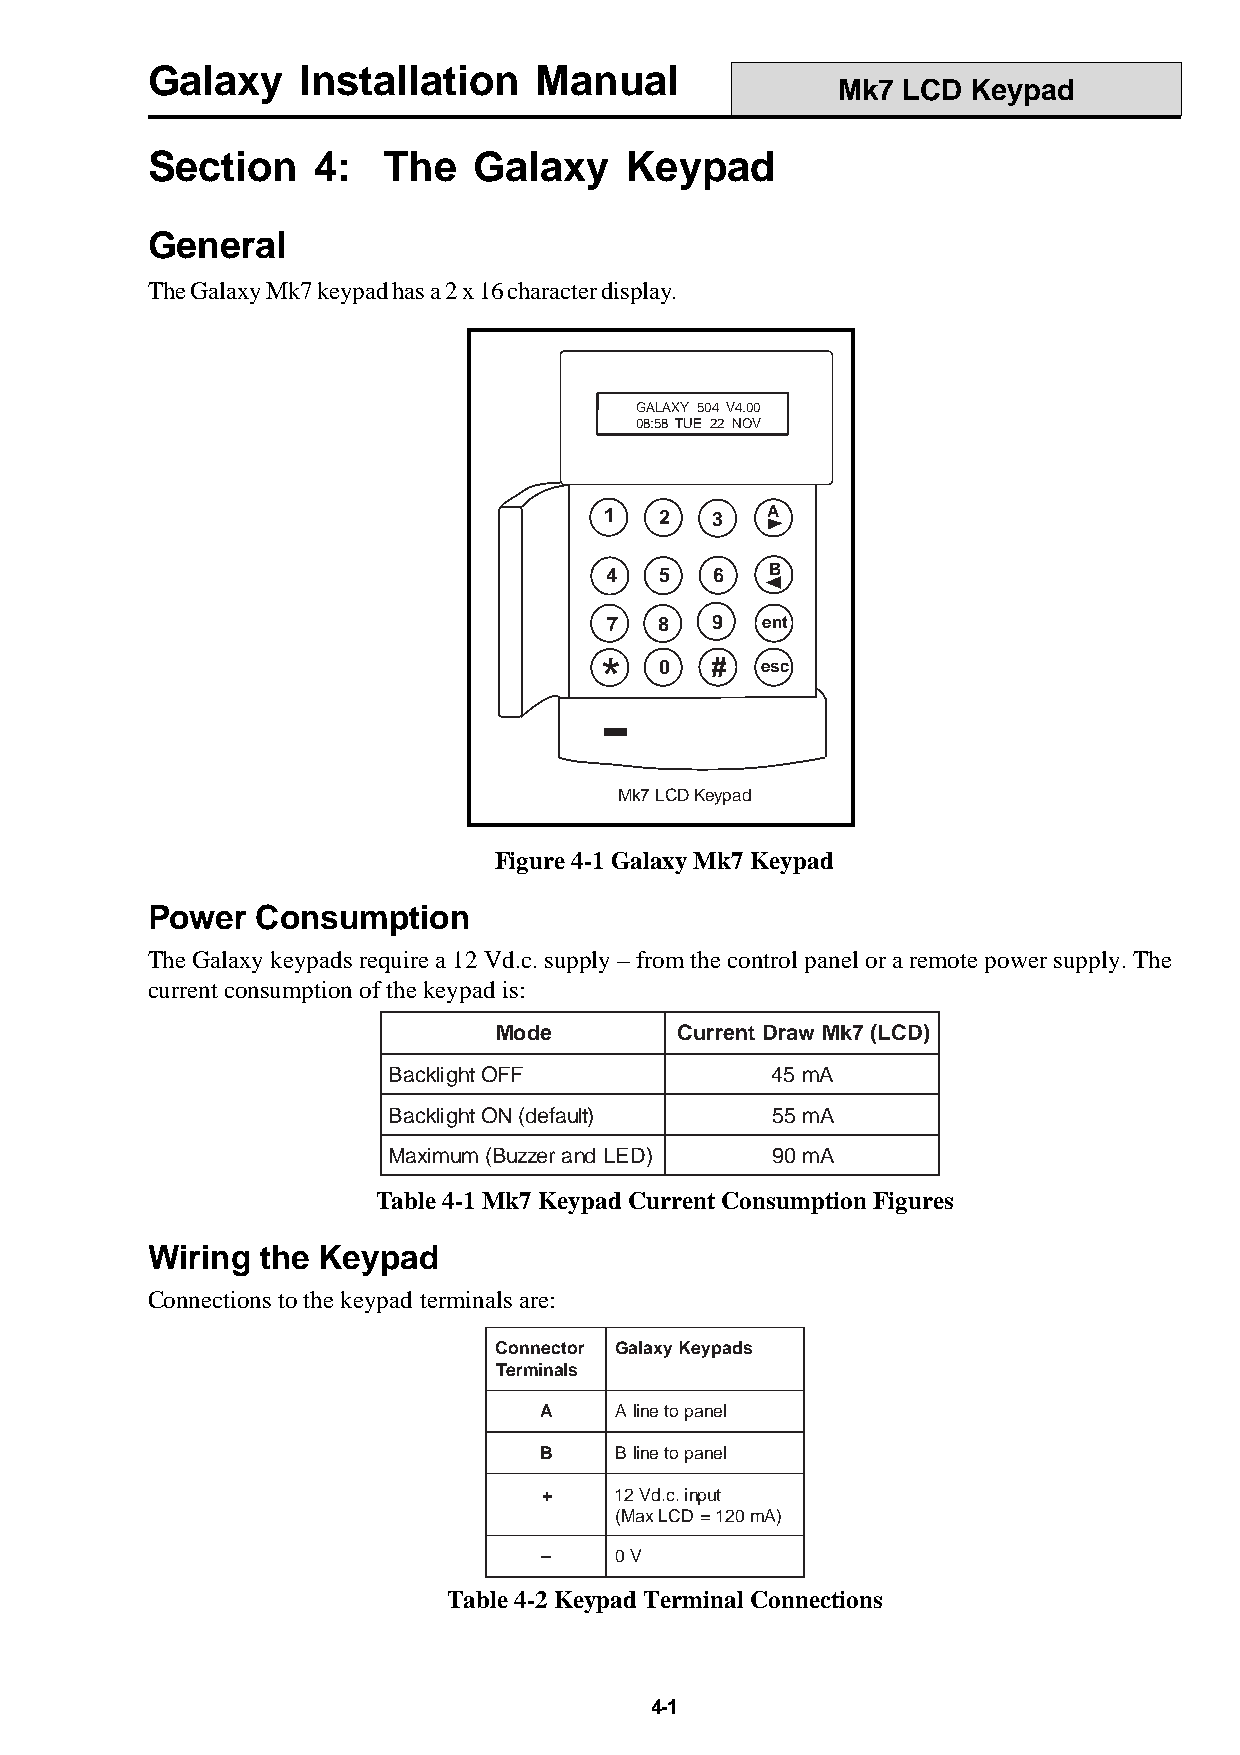
Galaxy    Installation   Manual
 Mk7  LCD Keypad
 Section    4:  The   Galaxy    Keypad
 General
 The Galaxy Mk7 keypad has a 2 x 16 character display.
 GALAXY 504 V4.00
 08:58 TUE 22 NOV
 1   2  3   A
 4   5  6   B
 7   8  9  ent
 *   0  #  esc
 Mk7 LCD Keypad
 Figure 4-1 Galaxy Mk7 Keypad
 Power  Consumption
 The Galaxy keypads require a 12 Vd.c. supply – from the control panel or a remote power supply. The
 current consumption of the keypad is:
 Mode        CurrentDraw Mk7 (LCD)
 BacklightOFF             45 mA
 BacklightON(default)     55 mA
 Maximum(Buzzerand LED)   90 mA
 Table 4-1 Mk7 Keypad Current Consumption Figures
 Wiring the Keypad
 Connections to the keypad terminals are:
 Connector GalaxyKeypads
 Terminals
 A    Alinetopanel
 B    Blinetopanel
 +    12Vd.c.input
 (MaxLCD=120mA)
 –    0V
 Table 4-2 Keypad Terminal Connections
 4-1